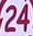
24